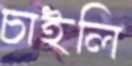
চাইলি